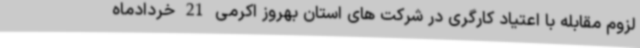
لزوم مقابله با اعتیاد کارگری در شرکت های استان بهروز اکرمی 21 خردادماه